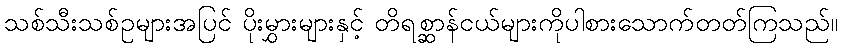
သစ်သီးသစ်ဥများအပြင် ပိုးမွှားများနှင့် တိရစ္ဆာန်ငယ်များကိုပါစားသောက်တတ်ကြသည်။